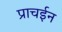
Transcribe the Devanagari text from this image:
प्राचईन